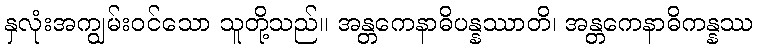
နှလုံးအကျွမ်းဝင်သော သူတို့သည်။ အန္တကေနာဓိပန္နဿာတိ၊ အန္တကေနာဓိကန္နဿ